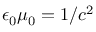
\epsilon _ { 0 } \mu _ { 0 } = 1 / c ^ { 2 }